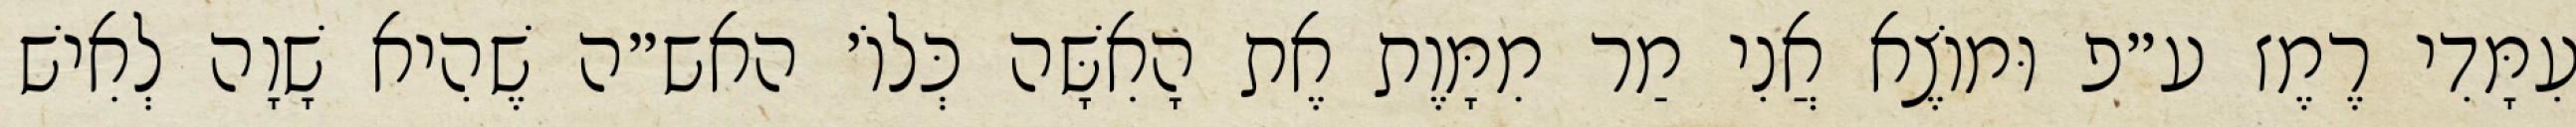
עִמָּדִי רֶמֶז ע״פ וּמוֹצֶא אֲנִי מַר מִמָּוֶת אֶת הָאִשָּׁה כְּלוֹ׳ האש״ה שֶׁהִיא שָׁוָה לְאִישׁ